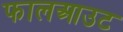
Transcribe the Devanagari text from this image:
फालआउट